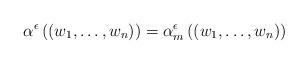
LaTeX: \begin{align*} \alpha^\epsilon \left ( (w_1, \ldots, w_n) \right ) = \alpha_m^\epsilon \left ( (w_1, \ldots, w_n) \right ) \end{align*}